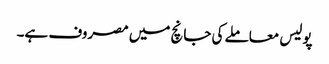
پولیس معاملے کی جانچ میں مصروف ہے۔